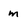
Character: m